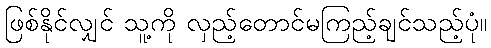
ဖြစ်နိုင်လျှင် သူ့ကို လှည့်တောင်မကြည့်ချင်သည့်ပုံ။